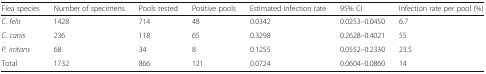
<table><thead><tr><td><b>Flea species</b></td><td><b>Number of specimens</b></td><td><b>Pools tested</b></td><td><b>Positive pools</b></td><td><b>Estimated infection rate</b></td><td><b>95% CI</b></td><td><b>Infection rate per pool (%)</b></td></tr></thead><tbody><tr><td><i>C. felis</i></td><td>1428</td><td>714</td><td>48</td><td>0.0342</td><td>0.0253–0.0450</td><td>6.7</td></tr><tr><td><i>C. canis</i></td><td>236</td><td>118</td><td>65</td><td>0.3298</td><td>0.2628–0.4021</td><td>55</td></tr><tr><td><i>P. irritans</i></td><td>68</td><td>34</td><td>8</td><td>0.1255</td><td>0.0552–0.2330</td><td>23.5</td></tr><tr><td>Total</td><td>1732</td><td>866</td><td>121</td><td>0.0724</td><td>0.0604–0.0860</td><td>14</td></tr></tbody></table>